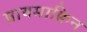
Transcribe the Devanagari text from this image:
प्रायमाक्विन